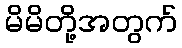
မိမိတို့အတွက်